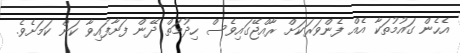
އެހެން ގައުމުތަކާ އެއް ފެންވަރަކަށް ރާއްޖޭގައިވެސް ހިދުމަތް ދޭން ފަށާފައިވާ ކަން ކަމަށެވެ.